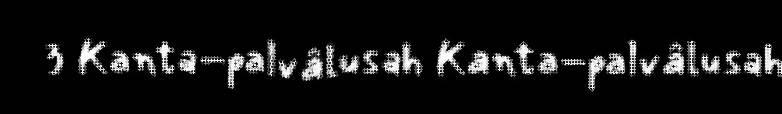
3 Kanta-palvâlusah Kanta-palvâlusah